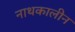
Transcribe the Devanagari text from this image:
नाथकालीन